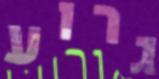
גרוע